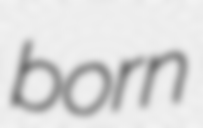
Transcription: born